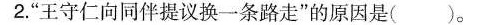
2.”王守仁向同伴提议换一条路走”的原因是( )。